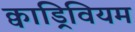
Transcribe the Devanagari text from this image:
क्वाड्रिवियम